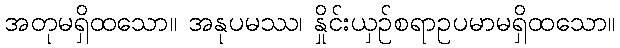
အတုမရှိထသော။ အနုပမဿ၊ နှိုင်းယှဉ်စရာဥပမာမရှိထသော။